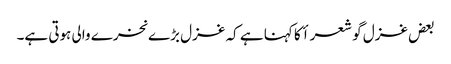
بعض غزل گو شعرأ کا کہنا ہے کہ غزل بڑے نخرے والی ہوتی ہے۔